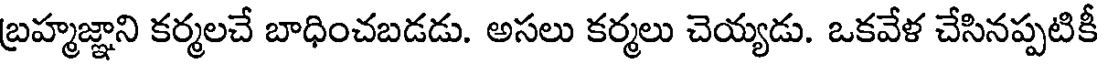
బ్రహ్మజ్ఞాని కర్మలచే బాధించబడడు. అసలు కర్మలు చెయ్యడు. ఒకవేళ చేసినప్పటికీ